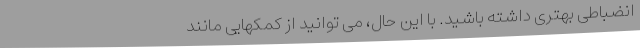
انضباطی بهتری داشته باشید. با این حال، می توانید از کمکهایی مانند